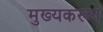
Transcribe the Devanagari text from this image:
मुख्यकरून